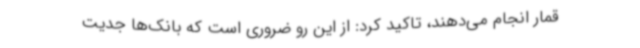
قمار انجام می‌دهند، تاکید کرد: از این رو ضروری است که بانک‌ها جدیت